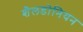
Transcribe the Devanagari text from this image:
शैलडोनियन